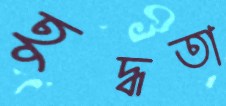
হূদ্ধতা